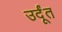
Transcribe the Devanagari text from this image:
उर्दूंत